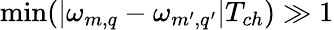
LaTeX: {\operatorname*{min}(|\omega_{m,q}-\omega_{m^{\prime},q^{\prime}}|T_{ch})\gg 1}